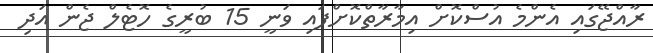
ރާއްޖޭގައި އެންމެ އުސްކޮށް އިމާރާތްކޮށްފައި ވަނީ 15 ބުރީގެ ހޮޓެލް ޖެން އަދި